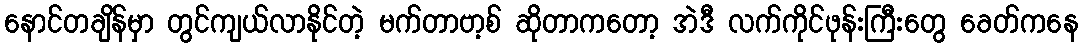
နောင်တချိန်မှာ တွင်ကျယ်လာနိုင်တဲ့ မက်တာဗာ့စ် ဆိုတာကတော့ အဲဒီ လက်ကိုင်ဖုန်းကြီးတွေ ခေတ်ကနေ